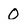
Character: 0